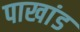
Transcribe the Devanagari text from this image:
पाखांड